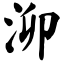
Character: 泖